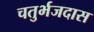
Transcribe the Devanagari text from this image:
चतुर्भजदास